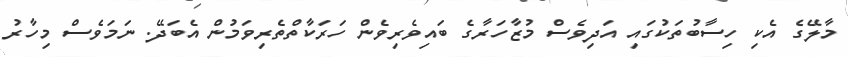
މާލޭގެ އެކި ހިސާބުތަކުގައި އަދިވެސް މުޒާހަރާގެ ބައިވެރިވެން ހަރަކާތްތެރިވަމުން އެބަދޭ. ނަމަވެސް މިހާރު